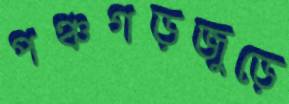
পঞ্চগড়জুড়ে